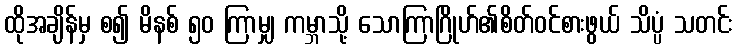
ထိုအချိန်မှ စ၍ မိနစ် ၅၀ ကြာမျှ ကမ္ဘာသို့ သောကြာဂြိုဟ်၏စိတ်ဝင်စားဖွယ် သိပ္ပံ သတင်း